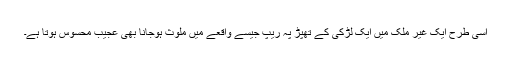
اسی طرح ایک غیر ملک میں ایک لڑکی کے تھپڑ پہ ریپ جیسے واقعے میں ملوث ہوجانا بھی عجیب محسوس ہوتا ہے۔